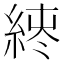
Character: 𫃪